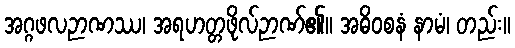
အဂ္ဂဖလဉာဏဿ၊ အရဟတ္တဖိုလ်ဉာဏ်၏။ အဓိဝစနံ နာမံ၊ တည်း။